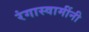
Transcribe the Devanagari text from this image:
रंगास्वामींनी